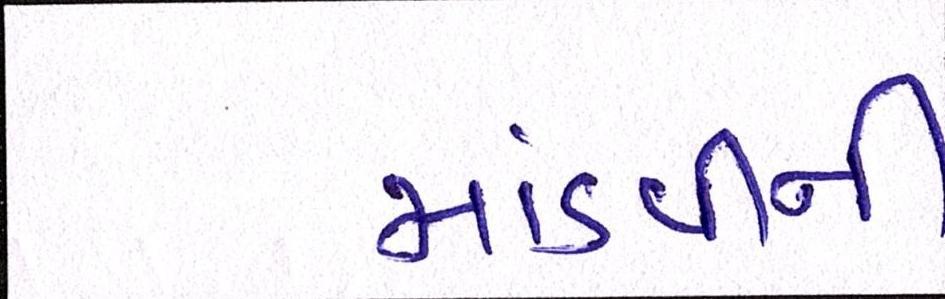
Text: માંડવીની